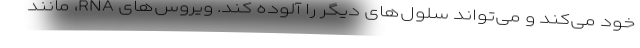
خود می‌کند و می‌تواند سلول‌های دیگر را آلوده کند. ویروس‌های RNA، مانند